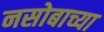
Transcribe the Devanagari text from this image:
नसोबाच्या